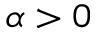
\alpha > 0